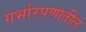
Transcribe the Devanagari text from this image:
गर्भारपणातील